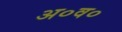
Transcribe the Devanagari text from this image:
अ०व०